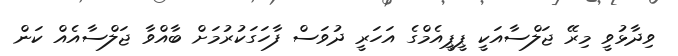
ވިދާޅުވީ މިރޭ ޖަލްސާއަކީ ޕީޕީއެމްގެ އަހަރީ ދުވަސް ފާހަގަކުރުމަށް ބާއްވާ ޖަލްސާއެއް ކަން